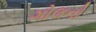
ગોલનો